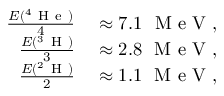
\begin{array} { r l } { \frac { E ( ^ { 4 } \mathrm { ~ H ~ e ~ } ) } { 4 } } & { { } \approx 7 . 1 ~ \mathrm { ~ M ~ e ~ V ~ } , } \\ { \frac { E ( ^ { 3 } \mathrm { ~ H ~ } ) } { 3 } } & { { } \approx 2 . 8 ~ \mathrm { ~ M ~ e ~ V ~ } , } \\ { \frac { E ( ^ { 2 } \mathrm { ~ H ~ } ) } { 2 } } & { { } \approx 1 . 1 ~ \mathrm { ~ M ~ e ~ V ~ } , } \end{array}